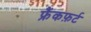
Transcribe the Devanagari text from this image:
फ्रैंकफ़र्ट